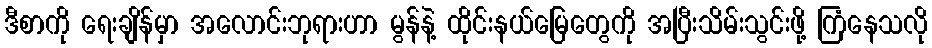
ဒီစာကို ရေးချိန်မှာ အလောင်းဘုရားဟာ မွန်နဲ့ ထိုင်းနယ်မြေတွေကို အပြီးသိမ်းသွင်းဖို့ ကြံနေသလို